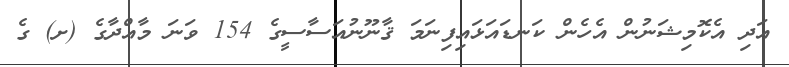
އަދި އެކޮމިޝަނުން އެހެން ކަނޑައަޅައިފިނަމަ ޤާނޫނުއަސާސީގެ 154 ވަނަ މާއްދާގެ (ށ) ގެ